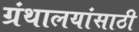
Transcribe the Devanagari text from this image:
ग्रंथालयांसाठी